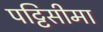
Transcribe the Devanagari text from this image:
पट्टिसीमा